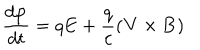
\frac { d { \bf p } } { d t } = q { \bf E } + \frac { q } { c } ( { \bf V } \times { \bf B } )